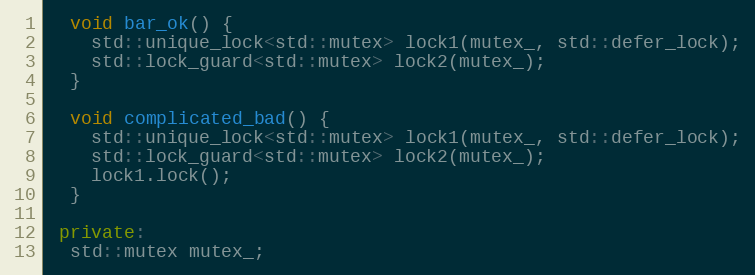
Language: C++
  void bar_ok() {
    std::unique_lock<std::mutex> lock1(mutex_, std::defer_lock);
    std::lock_guard<std::mutex> lock2(mutex_);
  }

  void complicated_bad() {
    std::unique_lock<std::mutex> lock1(mutex_, std::defer_lock);
    std::lock_guard<std::mutex> lock2(mutex_);
    lock1.lock();
  }

 private:
  std::mutex mutex_;